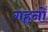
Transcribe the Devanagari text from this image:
गहनोँ